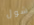
شول